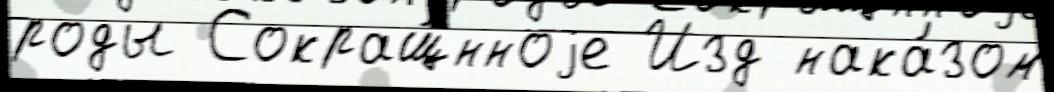
роды Сокращ́нноjе Изд нака́зом